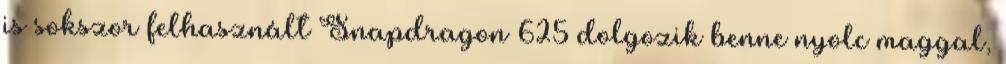
is sokszor felhasznált Snapdragon 625 dolgozik benne nyolc maggal,